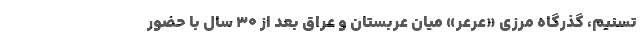
تسنیم، گذرگاه مرزی «عرعر» میان عربستان و عراق بعد از 30 سال با حضور